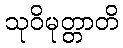
သုဝိမုတ္တာတိ